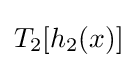
T_{2}[h_{2}(x)]